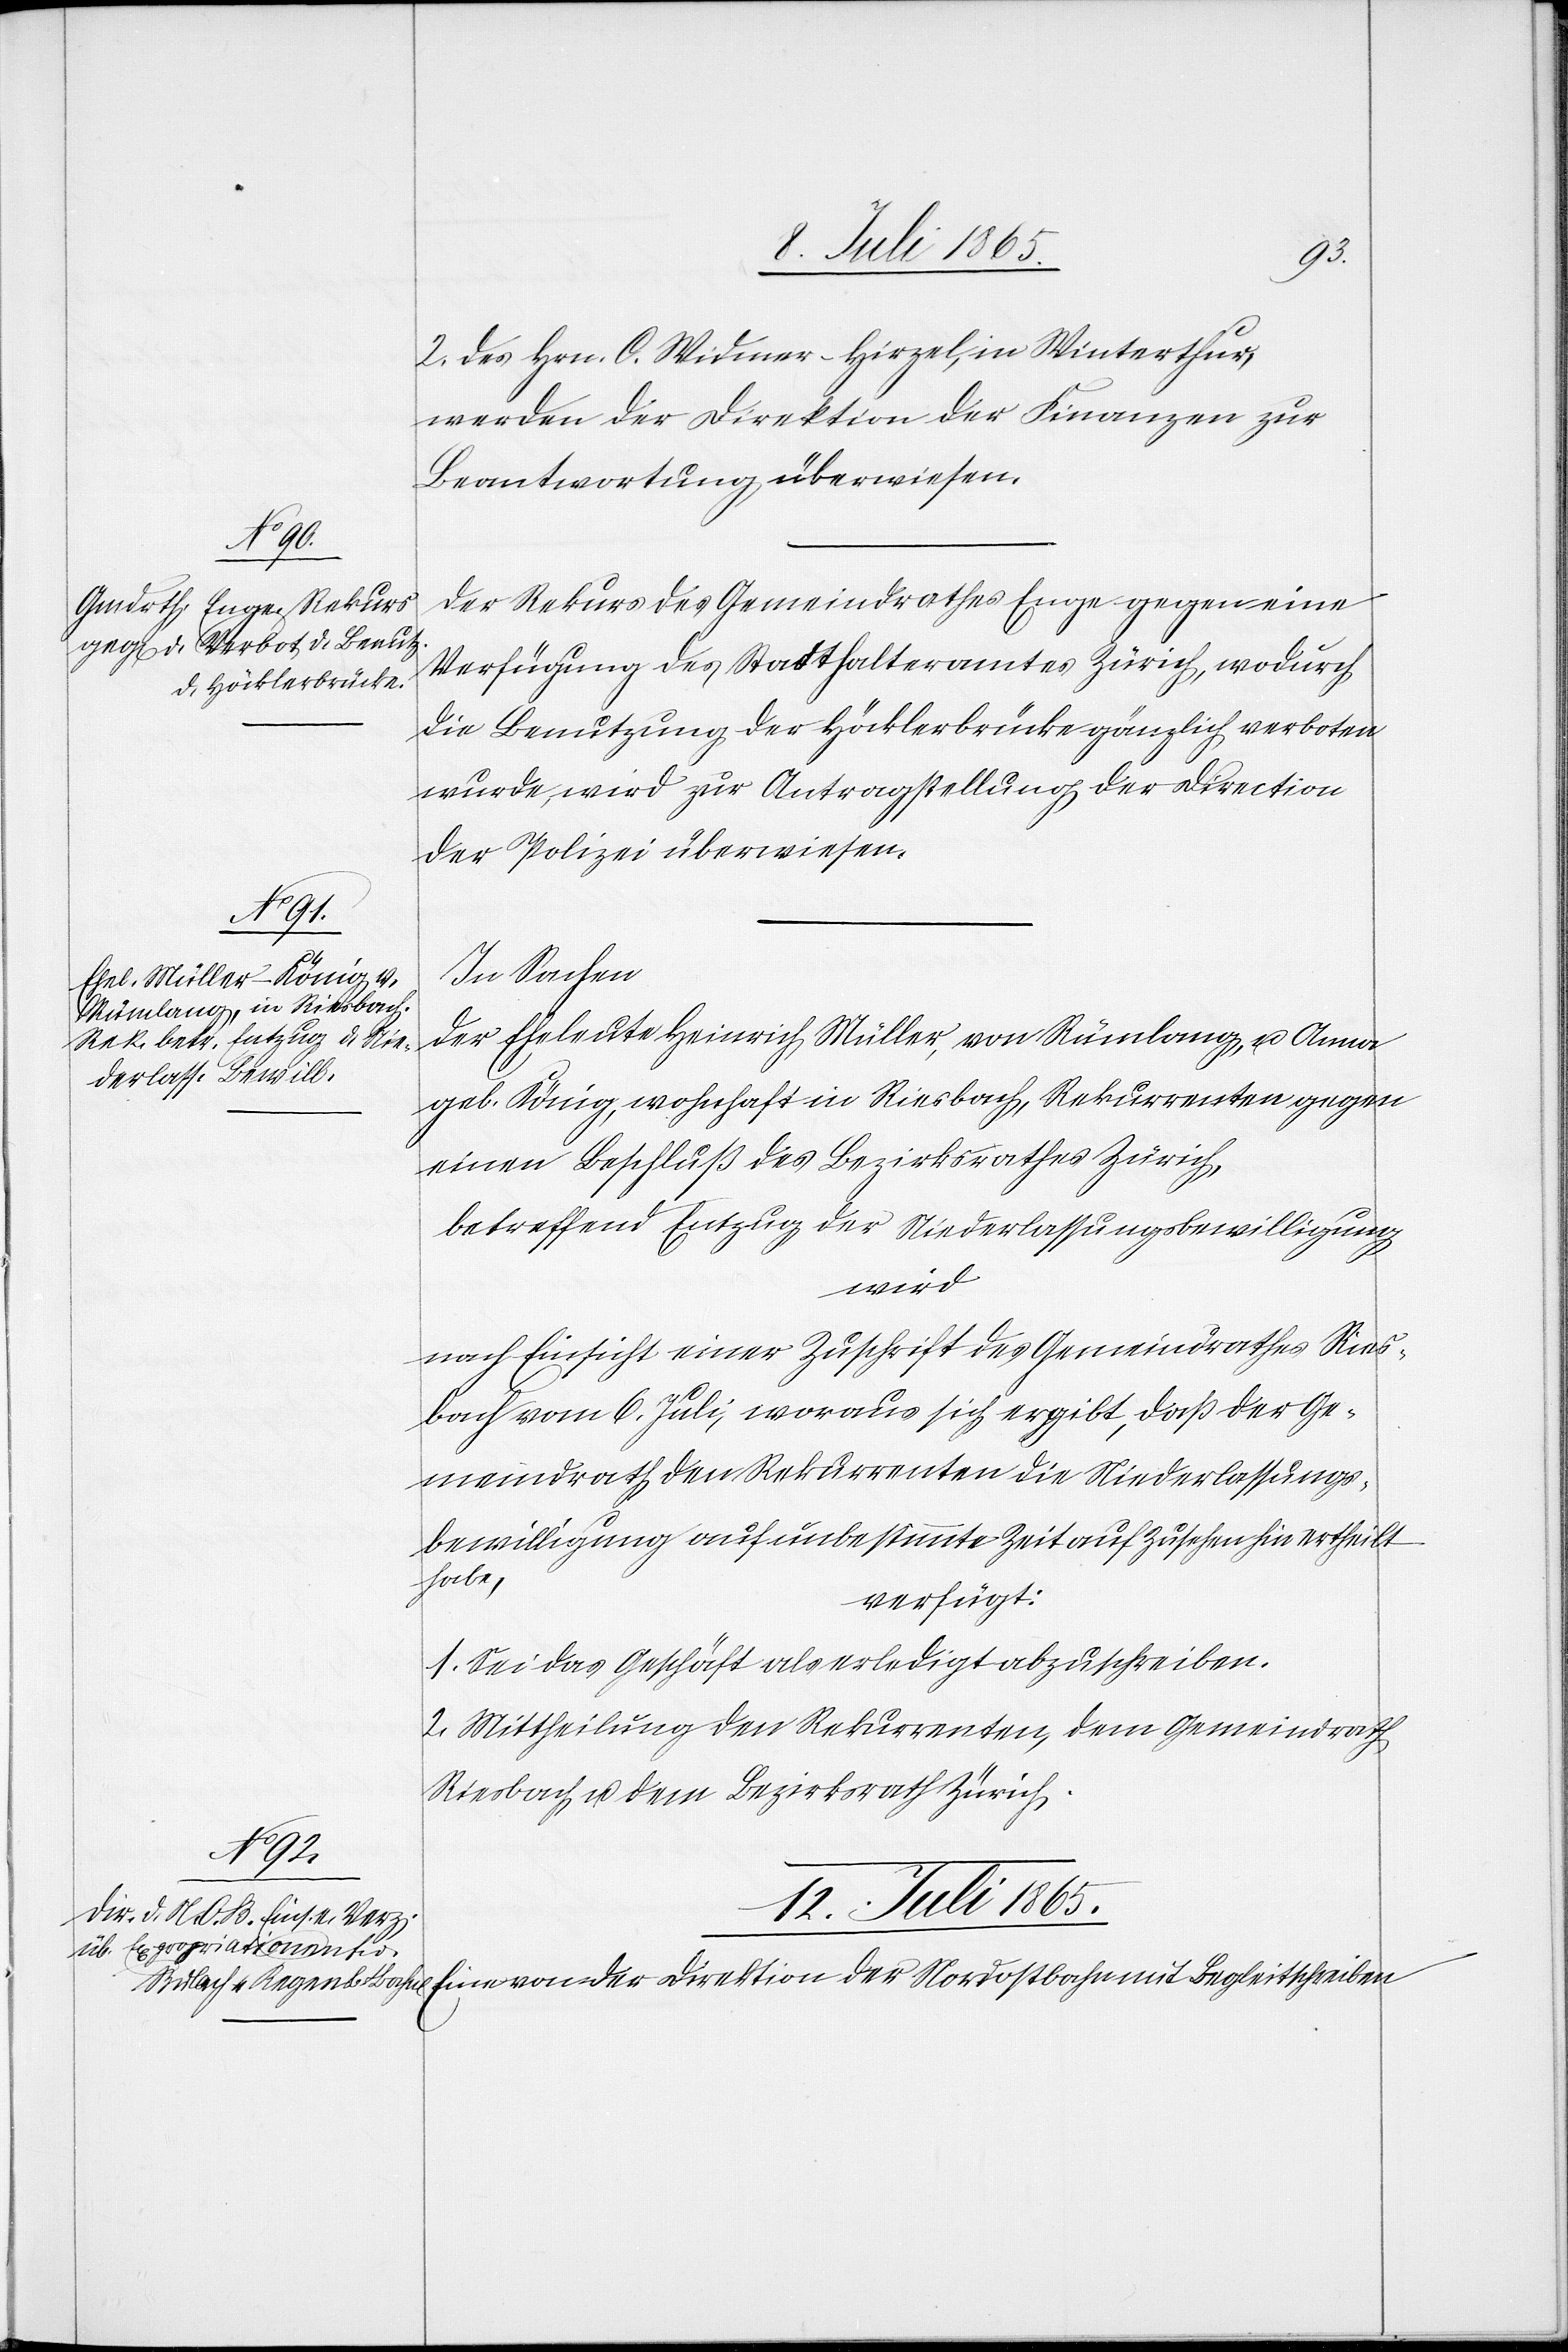
2. des Hrn. C. Widmer-Hirzel, in Winterthur,
werden der Direktion der Finanzen zur
Beantwortung überwiesen.
Der Rekurs des Gemeindrathes Enge gegen eine
Verfügung des Stadthalteramtes Zürich, wodurch
die Benutzung der Höcklerbrücke gänzlich verboten
wurde, wird zur Antragstellung der Direction
der Polizei überwiesen.
In Sachen
der Eheleute Heinrich Müller, von Rümlang, u. Anna
geb. König, wohnhaft in Riesbach, Rekurrenten gegen
einen Beschluß des Bezirksrathes Zürich,
betreffend Entzug der Niederlassungsbewilligung
wird
nach Einsicht einer Zuschrift des Gemeindrathes Ries¬
bach vom 6. Juli, woraus sich ergibt, daß der Ge¬
meindrath den Rekurrenten die Niederlassungs¬
bewilligung auf unbestimmte Zeit auf Zusehen hin ertheilt
habe,
verfügt:
1. Sei das Geschäft als erledigt abzuschreiben.
2. Mittheilung den Rekurrenten, dem Gemeindrath
Riesbach u. dem Bezirksrath Zürich.
12. Juli 1865.